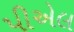
પીએલ